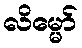
လိမ္မော်